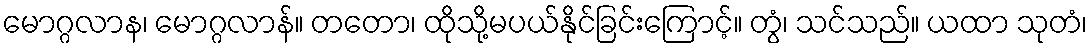
မောဂ္ဂလာန၊ မောဂ္ဂလာန်။ တတော၊ ထိုသို့မပယ်နိုင်ခြင်းကြောင့်။ တွံ၊ သင်သည်။ ယထာ သုတံ၊